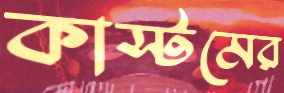
কাস্টমের